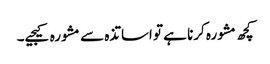
کچھ مشورہ کرنا ہے تو اساتذہ سے مشورہ کیجیے۔